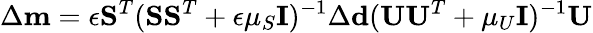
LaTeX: \Delta\mathbf{m}=\epsilon\mathbf{S}^{T}(\mathbf{S}\mathbf{S}^{T}+\epsilon\mu_{S}\mathbf{I})^{-1}\Delta\mathbf{d}(\mathbf{U}\mathbf{U}^{T}+\mu_{U}\mathbf{I})^{-1}\mathbf{U}